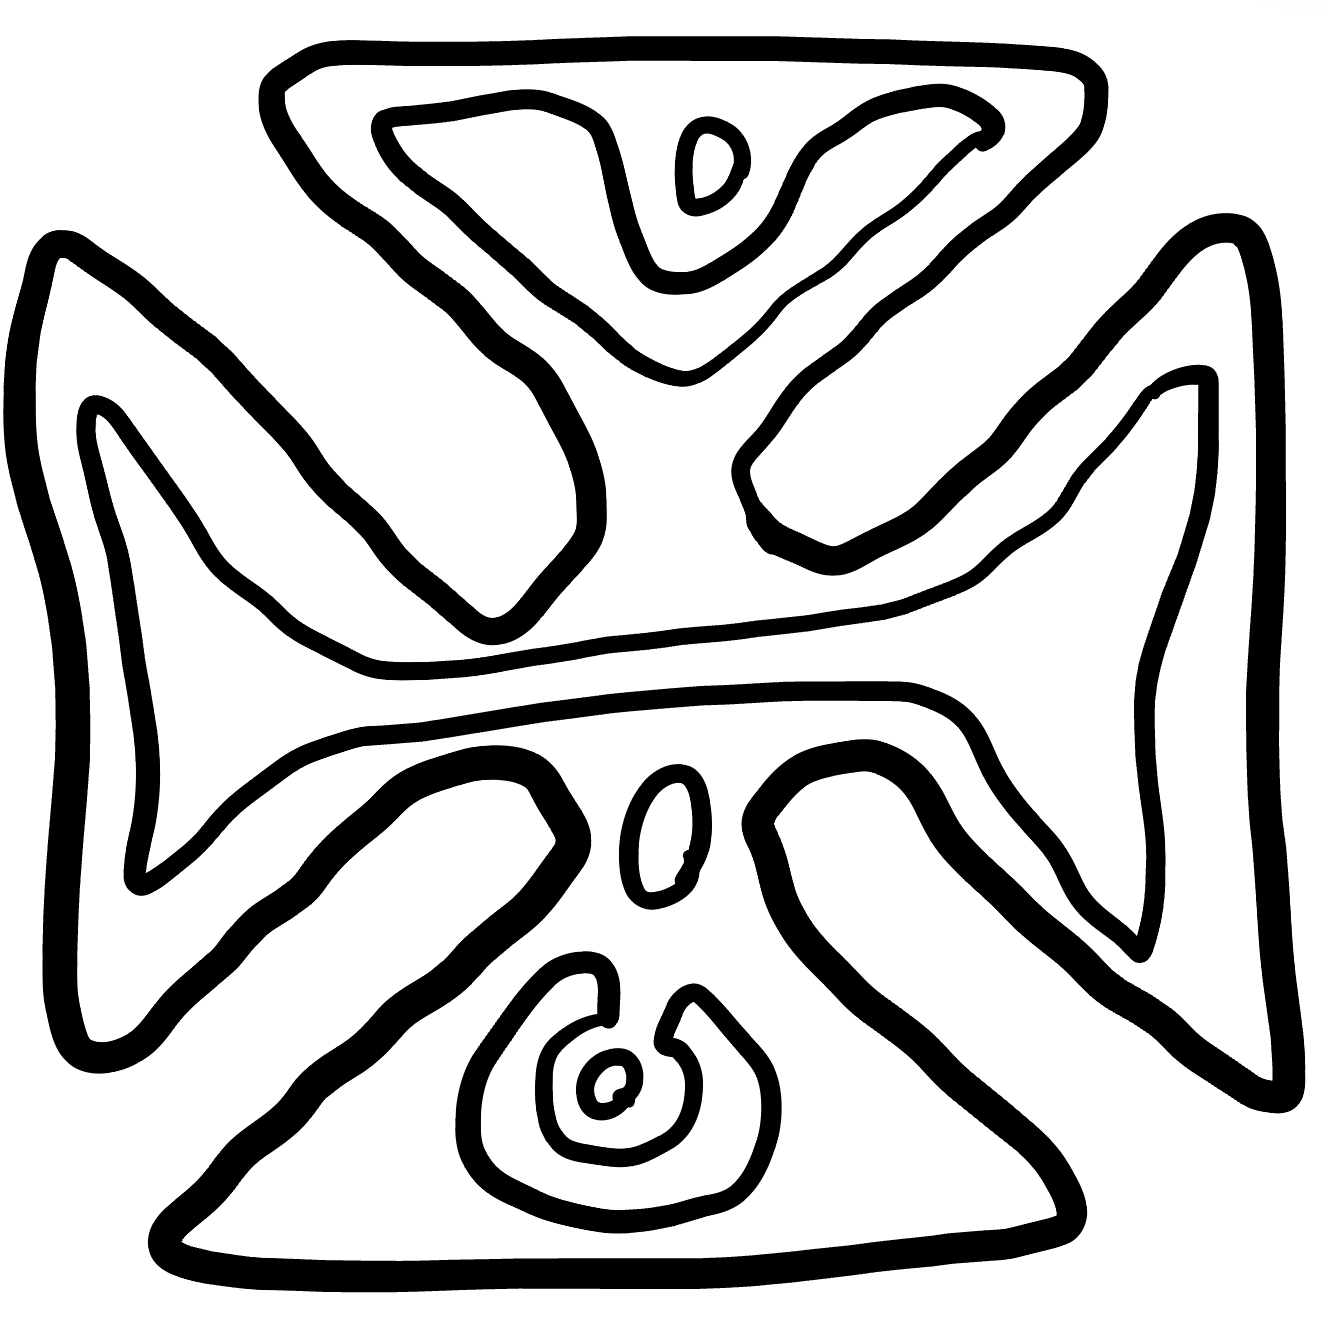
Number of regions (including the outer root region): 8
Containment tree edges (parent, child): 0, 1, 1, 2, 1, 3, 1, 4, 1, 5, 1, 6, 1, 7